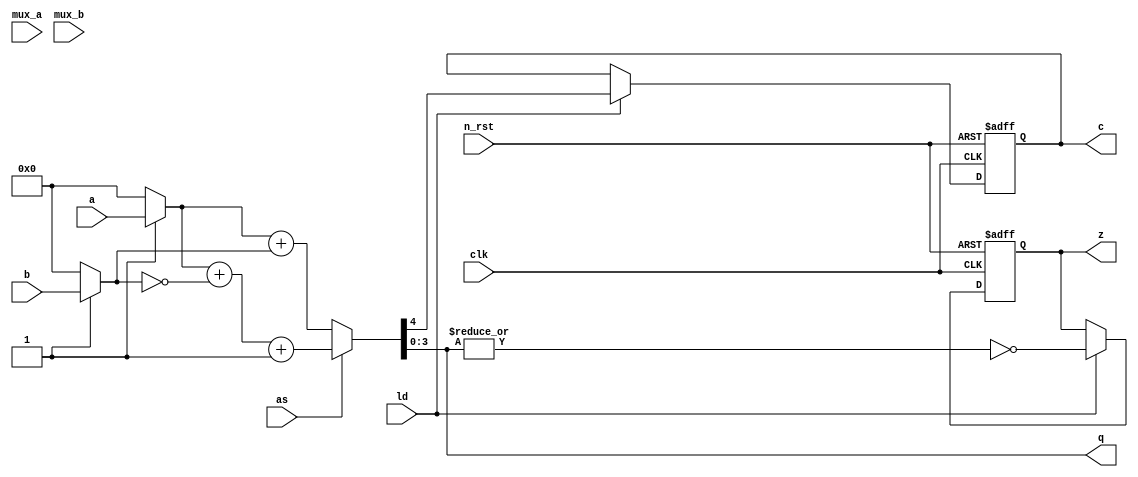
module ALU(
    input wire clk,
    input wire n_rst,

    input wire [3:0] a,
    input wire [3:0] b,
    input wire as,
    input wire ld,
    input wire mux_a,
    input wire mux_b,

    output wire [3:0] q,
    output reg c,
    output reg z
);

//wire, register declaration
wire [3:0] wire_a;
wire [3:0] wire_b;
assign wire_a = mux ? a : 4'd0;
assign wire_b = mux ? b : 4'd0;

wire [4:0] result;
assign result = calc(wire_a, wire_b, as);
assign q = result[3:0];

// calculation
function [4:0] calc;
    input [3:0] a;
    input [3:0] b;
    input as;
    begin
        if(as == 1'b0) 
            calc = {1'b0,a} + {1'b0, b};
        else
            calc = {1'b0, a} + {1'b0, ~b} + 5'd1;
    end
endfunction

// update C flag and Z flag
always @(posedge clk, negedge n_rst) begin
    if (~n_rst) begin
        c <= 1'b0;
        z <= 1'b0;
    end
    else if (ld) begin
        c <= result[4];
        z <= ~|result[3:0];
    end
end
endmodule